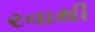
રવાથી